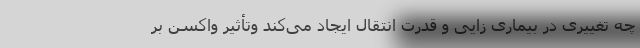
چه تغییری در بیماری زایی و قدرت انتقال ایجاد می‌کند وتأثیر واکسن بر